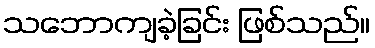
သဘောကျခဲ့ခြင်း ဖြစ်သည်။